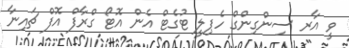
ވީ އާރ ސިންގިންގް ހެޕިލީ ޓުގެޓް އެން އޮޓޯ ގްރާފް އޮފް ޗައިނާ